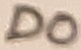
Text: D0